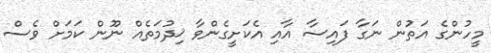
މީހުންގެ އަތުން ނަގާ ފައިސާ އާއި އެކަށީގެންވާ ޚިދުމަތެއް ނޫން ކަމަށް ވެސް